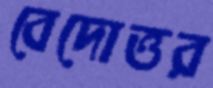
বেদোত্তর